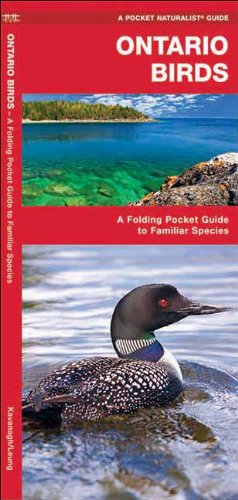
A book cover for Ontario Birds: A Folding Pocket Guide to Familiar Species (Pocket Naturalist Guide Series); James Kavanagh; Travel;